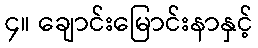
၄။ ချောင်းမြောင်းနာနှင့်